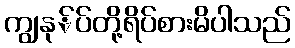
ကျွနု်ပ်တို့ရိပ်စားမိပါသည်